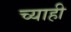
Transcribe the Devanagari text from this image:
च्याही